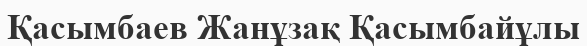
Қасымбаев Жанұзақ Қасымбайұлы